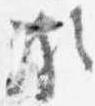
頗